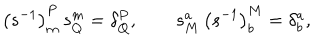
LaTeX: \left( s ^ { - 1 } \right) _ { m } ^ { P } \, s _ { Q } ^ { m } = \delta _ { Q } ^ { P } , \qquad s _ { M } ^ { a } \, \left( s ^ { - 1 } \right) _ { b } ^ { M } = \delta _ { b } ^ { a } ,